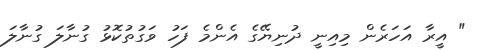
" އީރާ އަހަރެން މިއިނީ ދުނިޔޭގެ އެންމެ ފަހު ވަގުތުކޮޅު ގުނާލަ ގުނާލަ